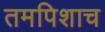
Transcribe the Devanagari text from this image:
तमपिशाच